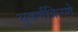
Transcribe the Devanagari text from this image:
सुवर्णकिरणे